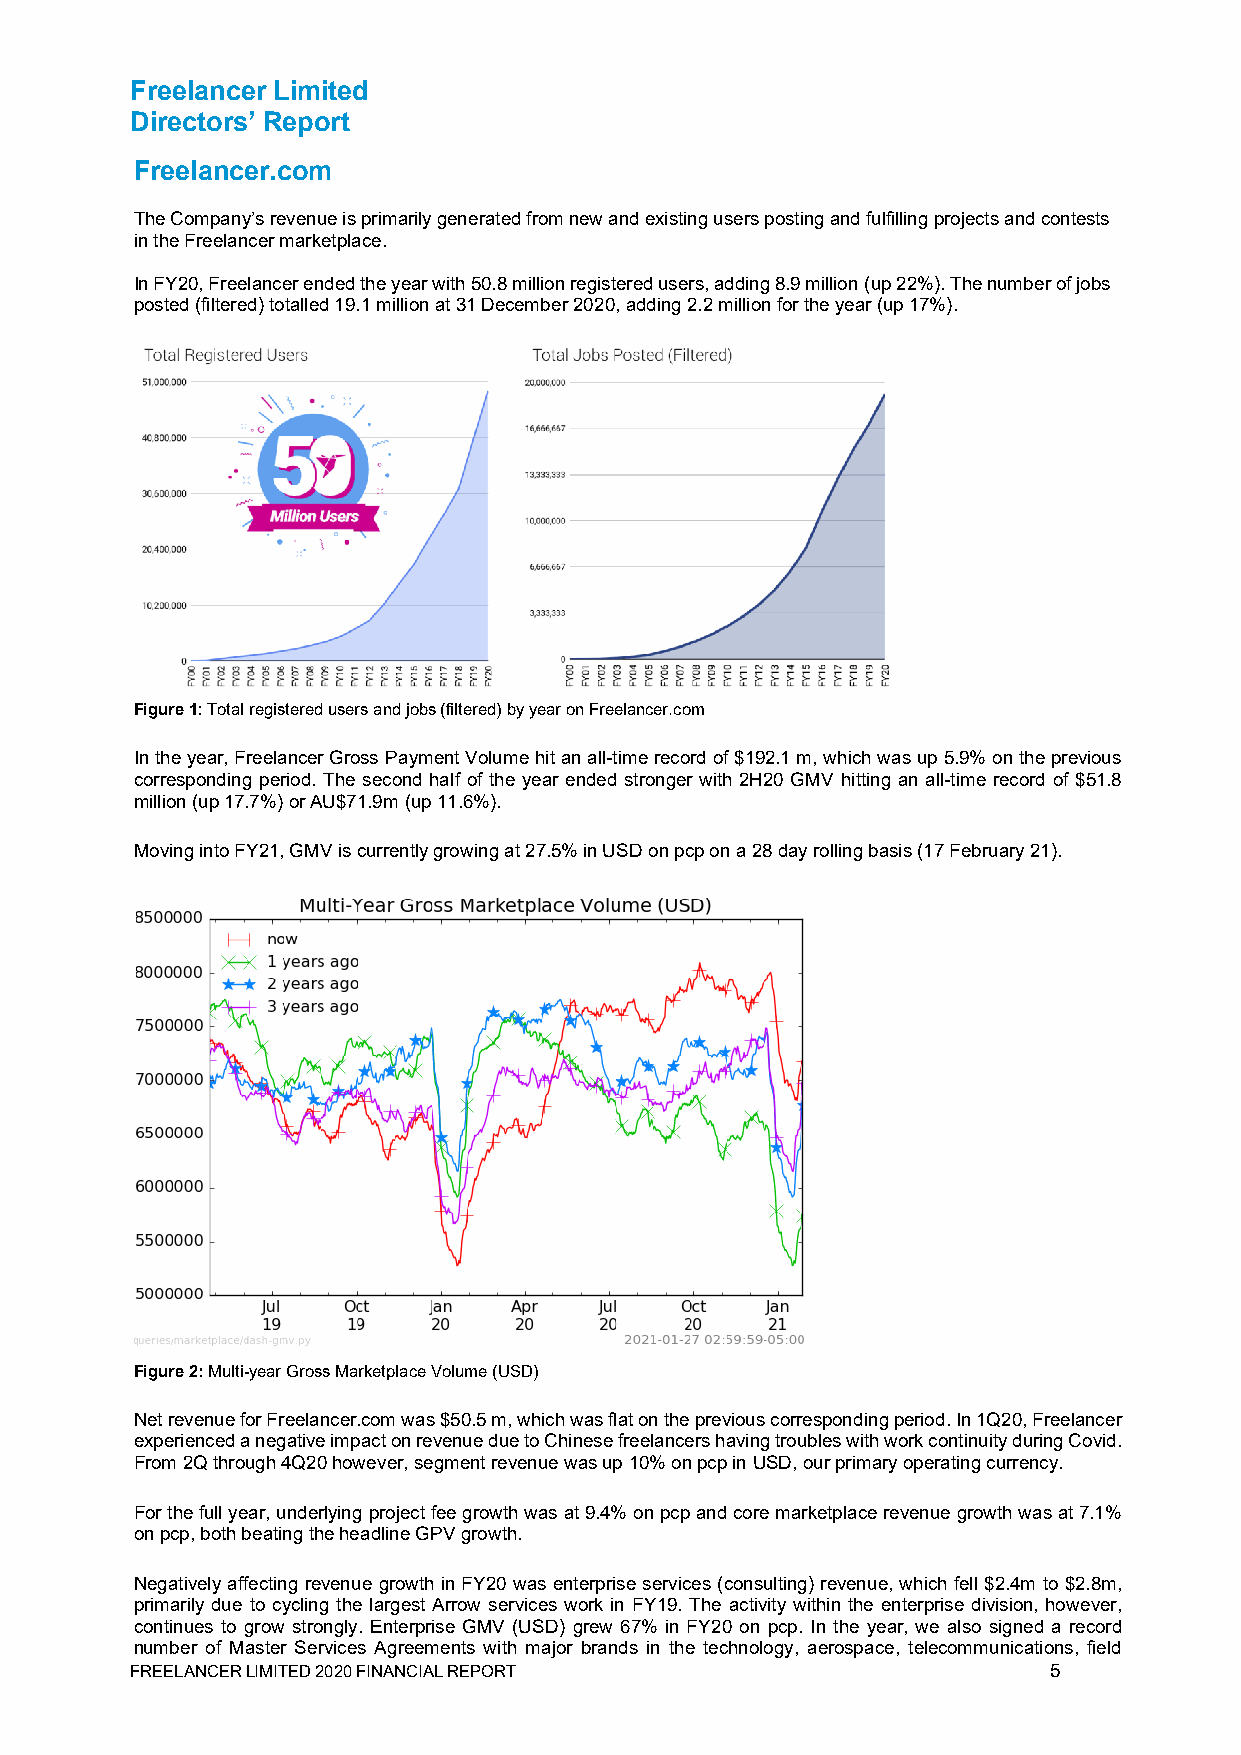
Freelancer Limited
 Directors’ Report
 Freelancer.com
 The Company’s revenue is primarily generated from new and existing users posting and fulfilling projects and contests
 in the Freelancer marketplace.
 In FY20, Freelancer ended the year with 50.8 million registered users, adding 8.9 million (up 22%). The number of jobs
 posted (filtered) totalled 19.1 million at 31 December 2020, adding 2.2 million for the year (up 17%).
 Figure 1: Total registered users and jobs (filtered) by year on Freelancer.com
 In the year, Freelancer Gross Payment Volume hit an all-time record of $192.1 m, which was up 5.9% on the previous
 corresponding period. The second half of the year ended stronger with 2H20 GMV hitting an all-time record of $51.8
 million (up 17.7%) or AU$71.9m (up 11.6%).
 Moving into FY21, GMV is currently growing at 27.5% in USD on pcp on a 28 day rolling basis (17 February 21).
 Figure 2: Multi-year Gross Marketplace Volume (USD)
 Net revenue for Freelancer.com was $50.5 m, which was flat on the previous corresponding period. In 1Q20, Freelancer
 experienced a negative impact on revenue due to Chinese freelancers having troubles with work continuity during Covid.
 From 2Q through 4Q20 however, segment revenue was up 10% on pcp in USD, our primary operating currency.
 For the full year, underlying project fee growth was at 9.4% on pcp and core marketplace revenue growth was at 7.1%
 on pcp, both beating the headline GPV growth.
 Negatively affecting revenue growth in FY20 was enterprise services (consulting) revenue, which fell $2.4m to $2.8m,
 primarily due to cycling the largest Arrow services work in FY19. The activity within the enterprise division, however,
 continues to grow strongly. Enterprise GMV (USD) grew 67% in FY20 on pcp. In the year, we also signed a record
 number of Master Services Agreements with major brands in the technology, aerospace, telecommunications, field
 FREELANCER LIMITED 2020 FINANCIAL REPORT                    5